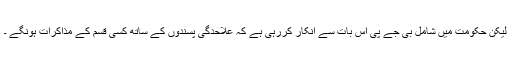
لیکن حکومت میں شامل بی جے پی اس بات سے انکار کررہی ہے کہ علاحدگی پسندوں کے ساتھ کسی قسم کے مذاکرات ہونگے ۔